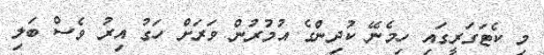
މި ކެޓަގަރީގައި ހިމެނޭ ކުދިންގެ އުމުރުން ވަރަށް ހަގު އިރު ވެސް ބަލި